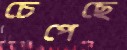
চেপেছে